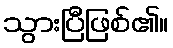
သွားပြီဖြစ်၏။